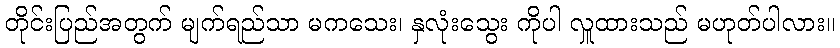
တိုင်းပြည်အတွက် မျက်ရည်သာ မကသေး၊ နှလုံးသွေး ကိုပါ လှူထားသည် မဟုတ်ပါလား။